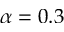
\alpha = 0 . 3